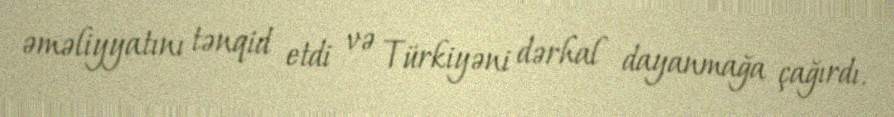
əməliyyatını tənqid etdi və Türkiyəni dərhal dayanmağa çağırdı.